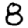
Digit: 8